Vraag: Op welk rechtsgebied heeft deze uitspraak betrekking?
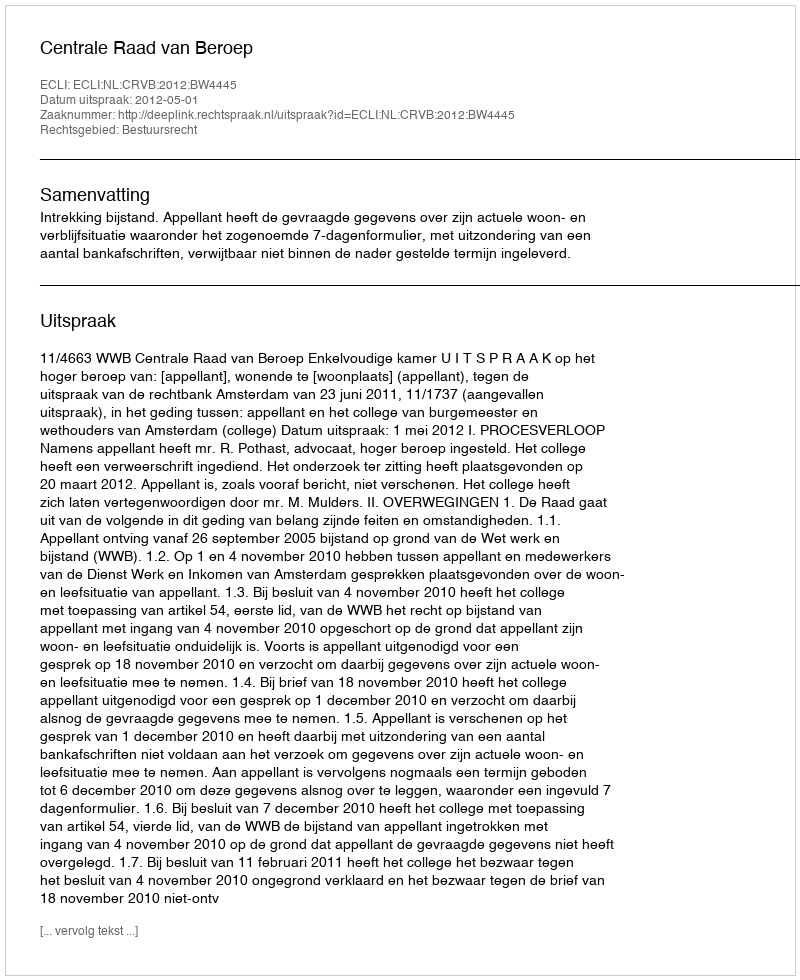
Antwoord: Bestuursrecht